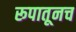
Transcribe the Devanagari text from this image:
रूपातूनच